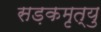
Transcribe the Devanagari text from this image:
सड़कमृत्यु